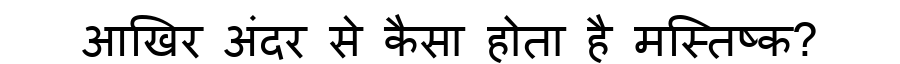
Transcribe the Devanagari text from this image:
आखिर अंदर से कैसा होता है मस्तिष्क?